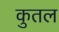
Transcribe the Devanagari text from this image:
कुतल